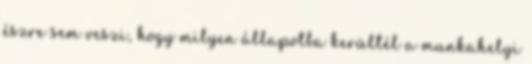
észre sem veszi, hogy milyen állapotba kerültél a munkahelyi